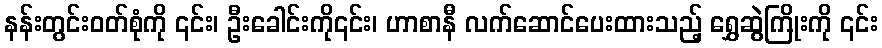
နန်းတွင်းဝတ်စုံကို ၎င်း၊ ဦးခေါင်းကို၎င်း၊ ဟာစာနီ လက်ဆောင်ပေးထားသည့် ရွှေဆွဲကြိုးကို ၎င်း